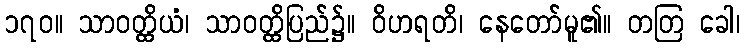
၁၇၀။ သာဝတ္ထိယံ၊ သာဝတ္ထိပြည်၌။ ဝိဟရတိ၊ နေတော်မူ၏။ တတြ ခေါ၊